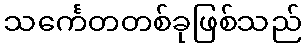
သင်္ကေတတစ်ခုဖြစ်သည်